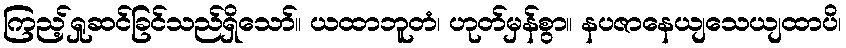
ကြည့်ရှုဆင်ခြင်သည်ရှိသော်။ ယထာဘူတံ၊ ဟုတ်မှန်စွာ။ နပဇာနေယျသေယျထာပိ၊